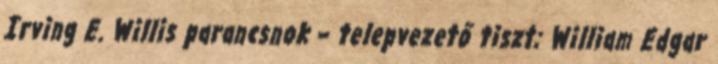
Irving E. Willis parancsnok – telepvezető tiszt; William Edgar